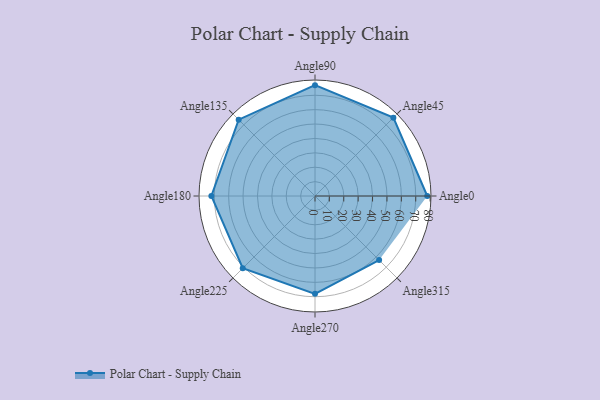
{"axis": {"x": "Angle", "y": "Radius"}, "legend": [""], "data": [{"x": "Angle0", "y": 78.0, "type": ""}, {"x": "Angle45", "y": 77.0, "type": ""}, {"x": "Angle90", "y": 77.0, "type": ""}, {"x": "Angle135", "y": 75.0, "type": ""}, {"x": "Angle180", "y": 72.0, "type": ""}, {"x": "Angle225", "y": 71.0, "type": ""}, {"x": "Angle270", "y": 68.0, "type": ""}, {"x": "Angle315", "y": 63.0, "type": ""}]}